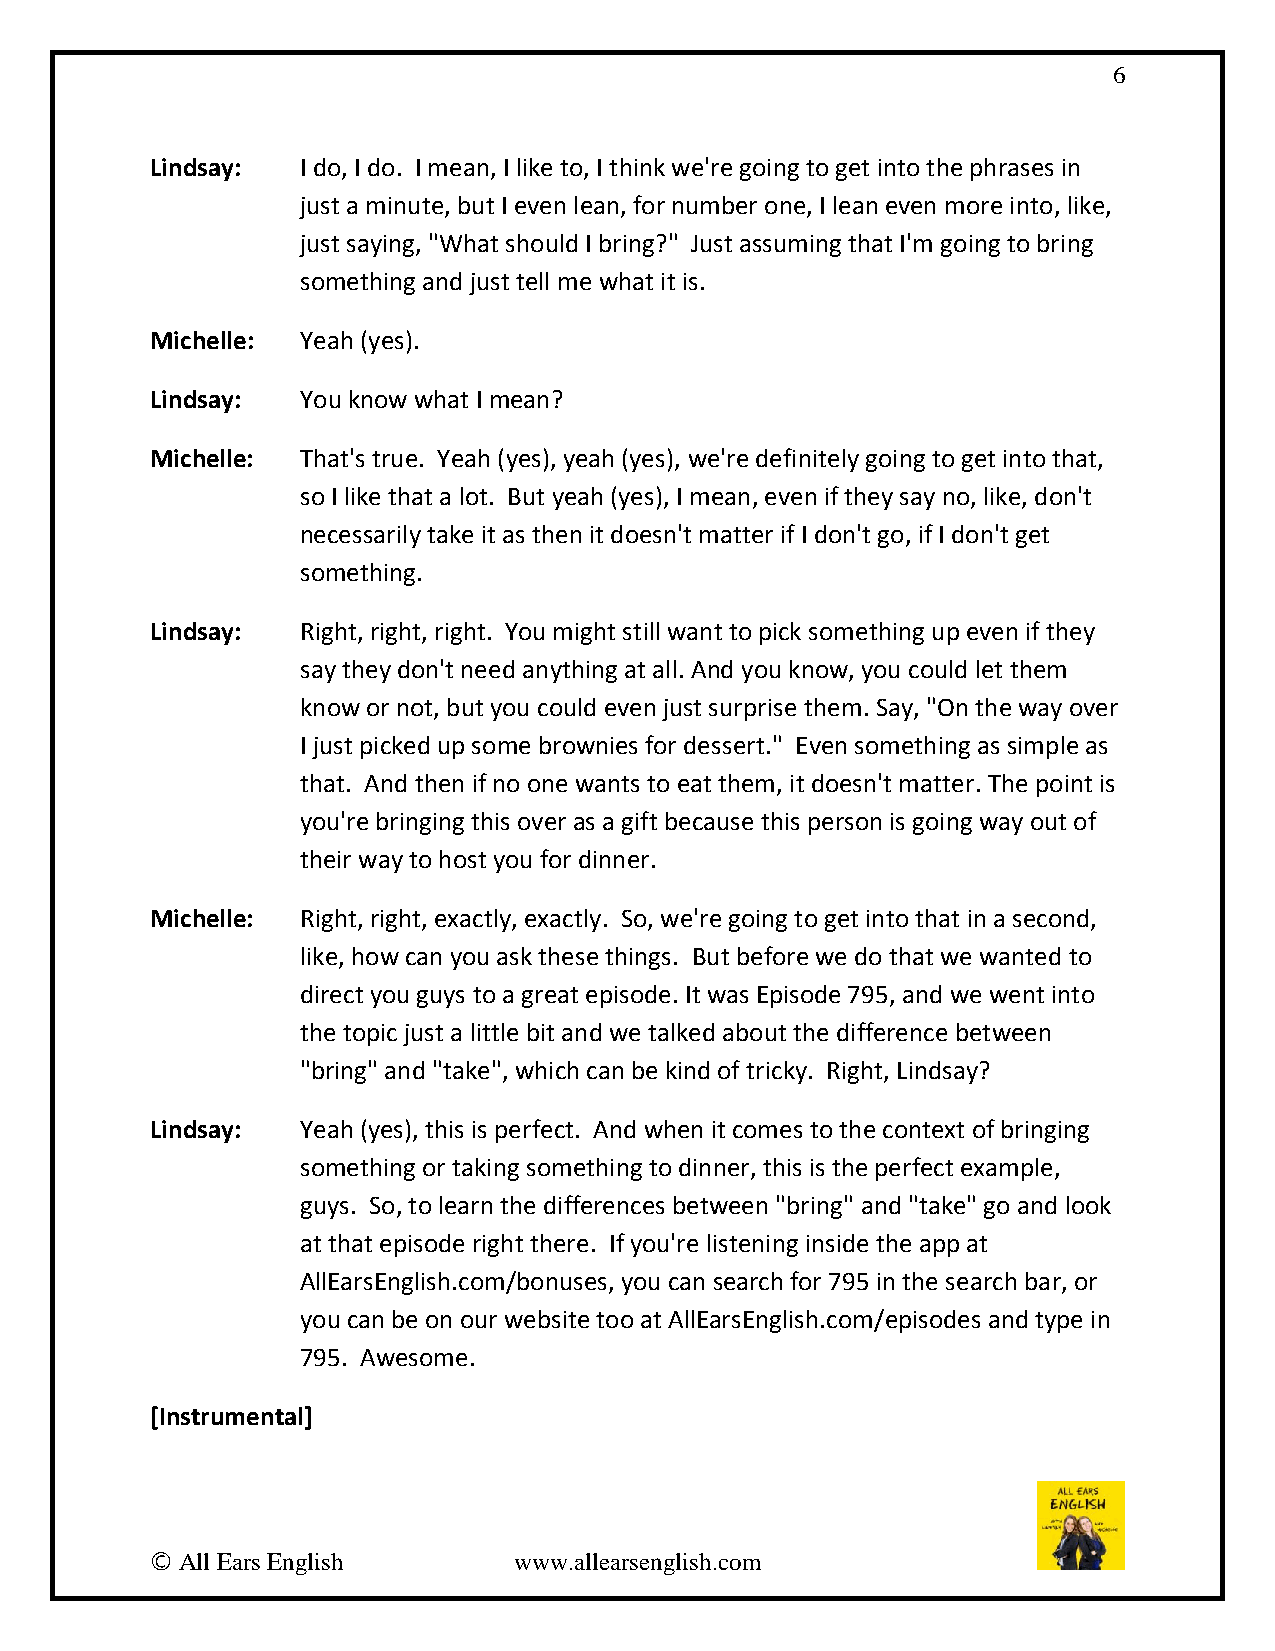
6
 Lindsay:  I do, I do. I mean, I like to, I think we're going to get into the phrases in
 just a minute, but I even lean, for number one, I lean even more into, like,
 just saying, "What should I bring?" Just assuming that I'm going to bring
 something and just tell me what it is.
 Michelle: Yeah (yes).
 Lindsay:  You know what I mean?
 Michelle: That's true. Yeah (yes), yeah (yes), we're definitely going to get into that,
 so I like that a lot. But yeah (yes), I mean, even if they say no, like, don't
 necessarily take it as then it doesn't matter if I don't go, if I don't get
 something.
 Lindsay:  Right, right, right. You might still want to pick something up even if they
 say they don't need anything at all. And you know, you could let them
 know or not, but you could even just surprise them. Say, "On the way over
 I just picked up some brownies for dessert." Even something as simple as
 that. And then if no one wants to eat them, it doesn't matter. The point is
 you're bringing this over as a gift because this person is going way out of
 their way to host you for dinner.
 Michelle: Right, right, exactly, exactly. So, we're going to get into that in a second,
 like, how can you ask these things. But before we do that we wanted to
 direct you guys to a great episode. It was Episode 795, and we went into
 the topic just a little bit and we talked about the difference between
 "bring" and "take", which can be kind of tricky. Right, Lindsay?
 Lindsay:  Yeah (yes), this is perfect. And when it comes to the context of bringing
 something or taking something to dinner, this is the perfect example,
 guys. So, to learn the differences between "bring" and "take" go and look
 at that episode right there. If you're listening inside the app at
 AllEarsEnglish.com/bonuses, you can search for 795 in the search bar, or
 you can be on our website too at AllEarsEnglish.com/episodes and type in
 795. Awesome.
 [Instrumental]
 © All Ears English      www.allearsenglish.com